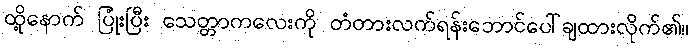
ထို့နောက် ပြုံးပြီး သေတ္တာကလေးကို တံတားလက်ရန်းဘောင်ပေါ်ချထားလိုက်၏။